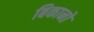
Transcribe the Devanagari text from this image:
बिकानो